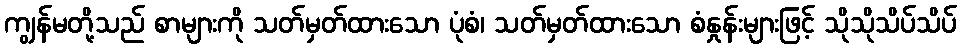
ကျွန်မတို့သည် စာများကို သတ်မှတ်ထားသော ပုံစံ၊ သတ်မှတ်ထားသော စံနှုန်းများဖြင့် သိုသိုသိပ်သိပ်